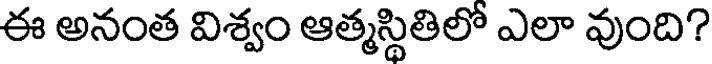
ఈ అనంత విశ్వం ఆత్మస్థితిలో ఎలా వుంది?